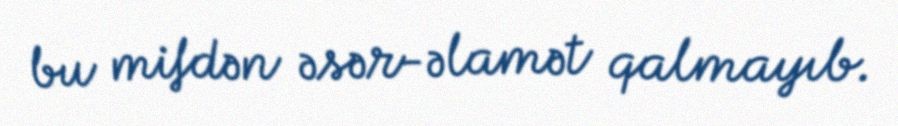
bu mifdən əsər-əlamət qalmayıb.